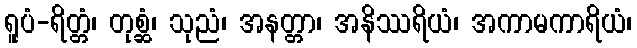
ရူပံ-ရိတ္တံ၊ တုစ္ဆံ၊ သုညံ၊ အနတ္တာ၊ အနိဿရိယံ၊ အကာမကာရိယံ၊